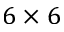
6 \times 6